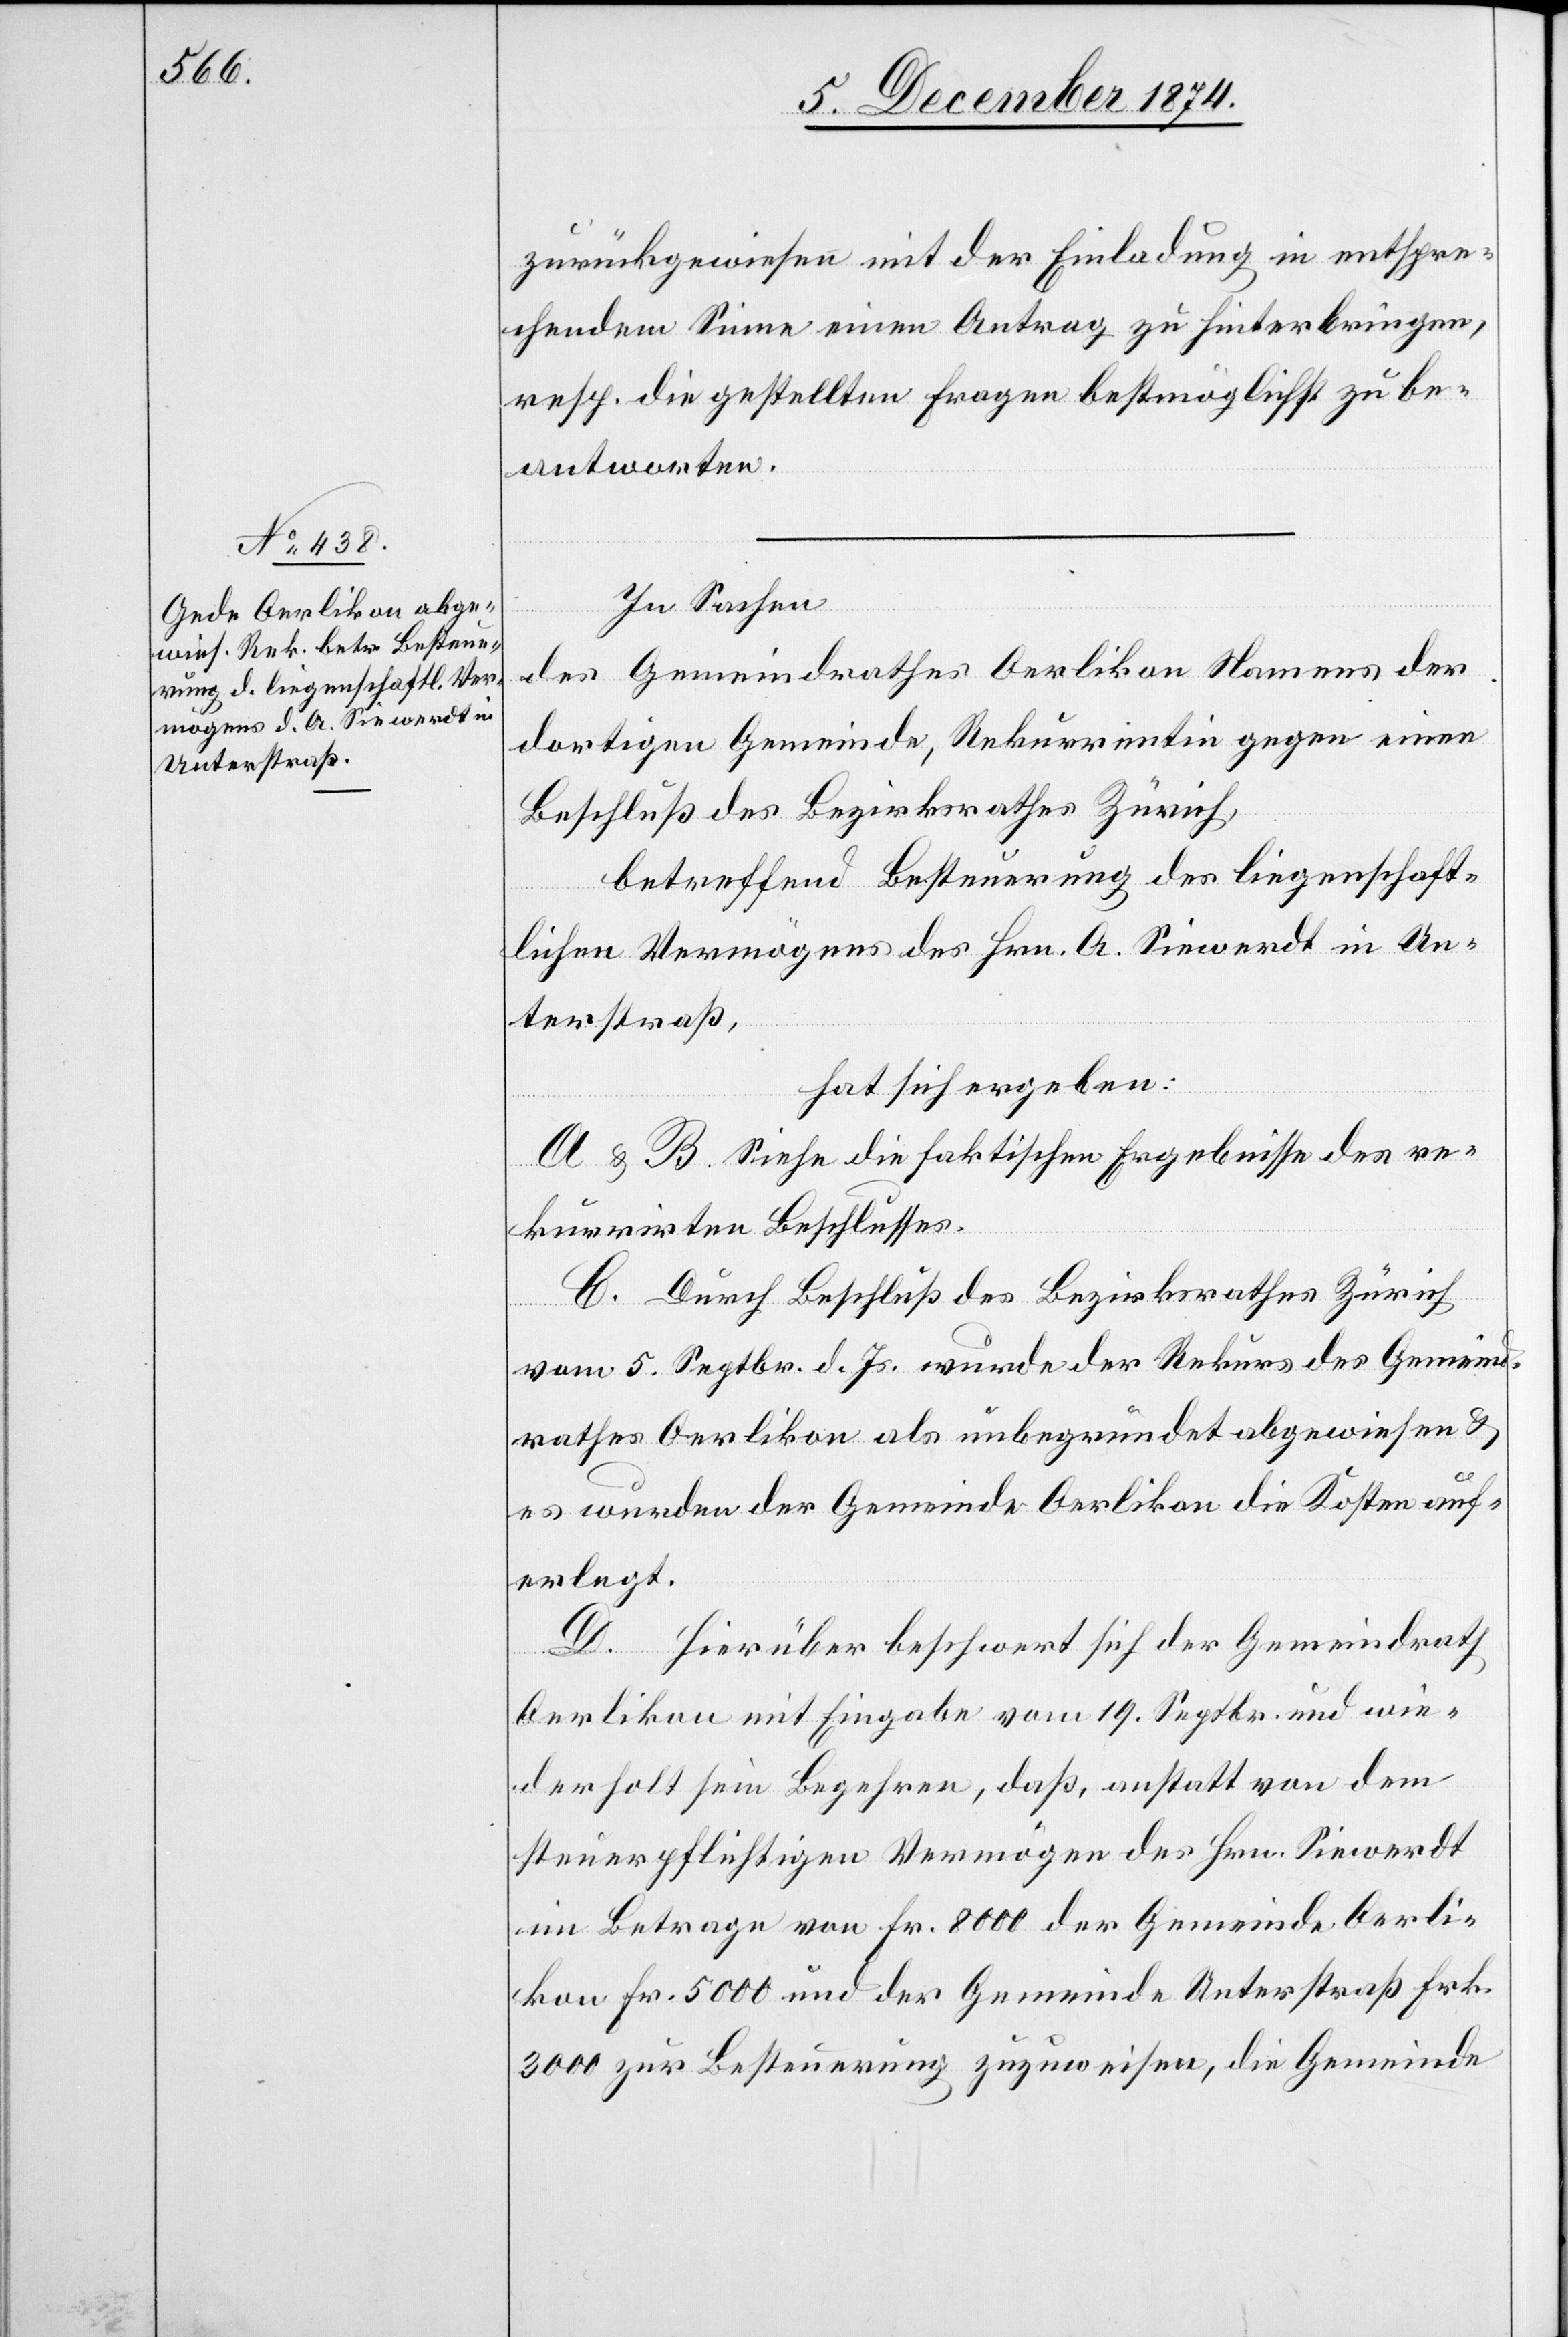
zurückgewiesen mit der Einladung in entspre¬
chendem Sinne einen Antrag zu hinterbringen,
resp. die gestellten Fragen bestmöglichst zu be¬
antworten.
In Sachen
des Gemeindrathes Oerlikon Namens der
dortigen Gemeinde, Rekurrentin gegen einen
Beschluß des Bezirksrathes Zürich,
betreffend Besteuerung des liegenschaft¬
lichen Vermögens des Hrn. A. Siewerdt in Un¬
terstraß,
hat sich ergeben:
A & B. Siehe die faktischen Ergebnisse des re¬
kurrirten Beschlusses.
C. Durch Beschluß des Bezirksrathes Zürich
vom 5. Septbr. d. Js. wurde der Rekurs des Gemeind¬
rathes Oerlikon als unbegründet abgewiesen &
es wurden der Gemeinde Oerlikon die Kosten auf¬
erlegt.
D. Hierüber beschwert sich der Gemeindrath
Oerlikon mit Eingabe vom 19. Septbr. und wie¬
derholt sein Begehren, daß, anstatt von dem
steuerpflichtigen Vermögen des Hrn. Siewerdt
im Betrage von Fr. 8000 der Gemeinde Oerli¬
kon Fr. 5000 und der Gemeinde Unterstraß Frk.
3000 zur Besteuerung zuzuweisen, die Gemeinde